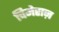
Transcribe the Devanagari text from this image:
चिमेराज़